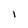
Character: I